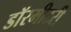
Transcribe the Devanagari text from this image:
डॉरमीटरी